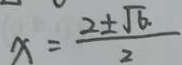
x = \frac { 2 \pm \sqrt { 6 } } { 2 }